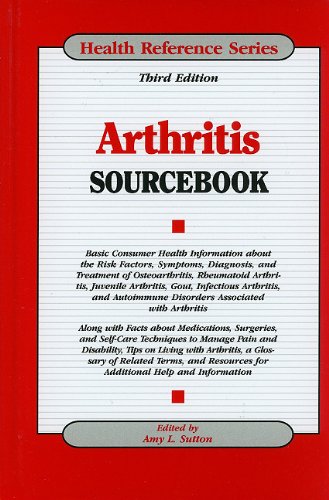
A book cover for Arthritis Sourcebook; Health, Fitness & Dieting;